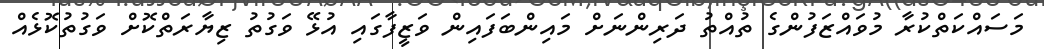
މަސައްކަތްކުރާ މުވައްޒަފުންގެ ތުއްތު ދަރިންނަށް މައިންބަފައިން ވަޒީފާގައި އުޅޭ ވަގުތު ޒިޔާރަތްކޮށް ވަގުތުކޮޅެއް